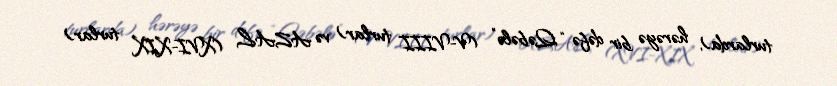
turlarda), hərəyə bir dəfə “Qəbələ” (V-VIII turlar) və AZAL (XVI-XIX turlar)